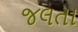
જલતા